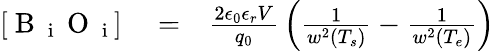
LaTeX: \begin{array}{rlr}{[\mathrm{~B~}_{\mathrm{~i~}}\mathrm{~O~}_{\mathrm{~i~}}]}&{{}=}&{{\frac{2\epsilon_{0}\epsilon_{r}V}{q_{0}}}\left({\frac{1}{w^{2}(T_{s})}}-{\frac{1}{w^{2}(T_{e})}}\right)}\end{array}